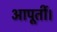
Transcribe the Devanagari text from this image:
आपूर्ती।